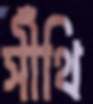
সীঁথি